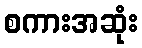
စကားအဆုံး